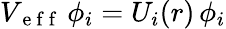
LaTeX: \begin{array}{r}{V_{\mathrm{~e~f~f~}}\, \phi_{i}=U_{i}(r)\, \phi_{i}}\end{array}